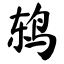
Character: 鸫